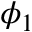
\phi _ { 1 }